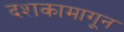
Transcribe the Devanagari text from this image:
दशकामागून